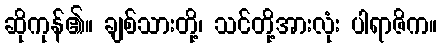
ဆိုကုန်၏။ ချစ်သားတို့၊ သင်တို့အားလုံး ပါရာဇိက။